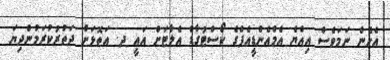
އެހެން ނަމަވެސް އިއްޔެ އެމްއެންޑީއެފްގެ ކޯސްޓުގާޑް އެލާޓަށް އައީ ދ. އަތޮޅަށް ދަތުރުކުރަމުންދިޔަ